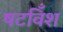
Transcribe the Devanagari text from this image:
षटविँश